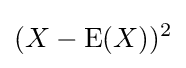
(X-\operatorname {E} (X))^{2}